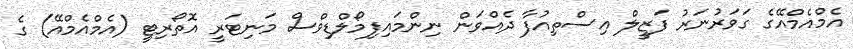
އެމްއެމްއޭގެ ގަވަރުނަރު ފަޒީލް އިސްތިއުފާ ދެއްވަން ނިންމައިފިމޯލްޑިވްސް މަނިޓަރީ އޮތޯރިޓީ (އެމްއެމްއޭ) ގެ